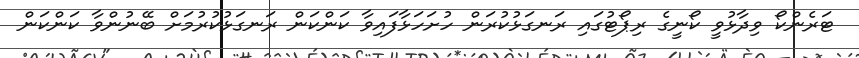
ޓަރެންކޯ ވިދާޅުވީ ކޯނީގެ ރިޕޯޓުގައި ރަނގަޅުކުރަން ހުށަހަޅާފައިވާ ކަންކަން ރަނގަޅުކުރުމަށް ބޭނުންވާ ކަންކަން